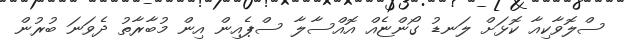
ސްލޮވާކިއާ ކޮޅަށް ލަނޑު ގޯންޏެއް އޮއްސާލާ ސްޕެއިން އިން މުބާރާތު ދެވަނަ ބުރުން